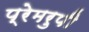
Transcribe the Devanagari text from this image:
प्रेमरुपी